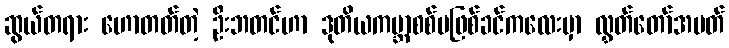
ဆွယ်တရား ဟောတတ်တဲ့ ဦးဘတင်ဟာ ဒုတိယကမ္ဘာစစ်မဖြစ်ခင်ကလေးမှာ လွှတ်တော်အမတ်